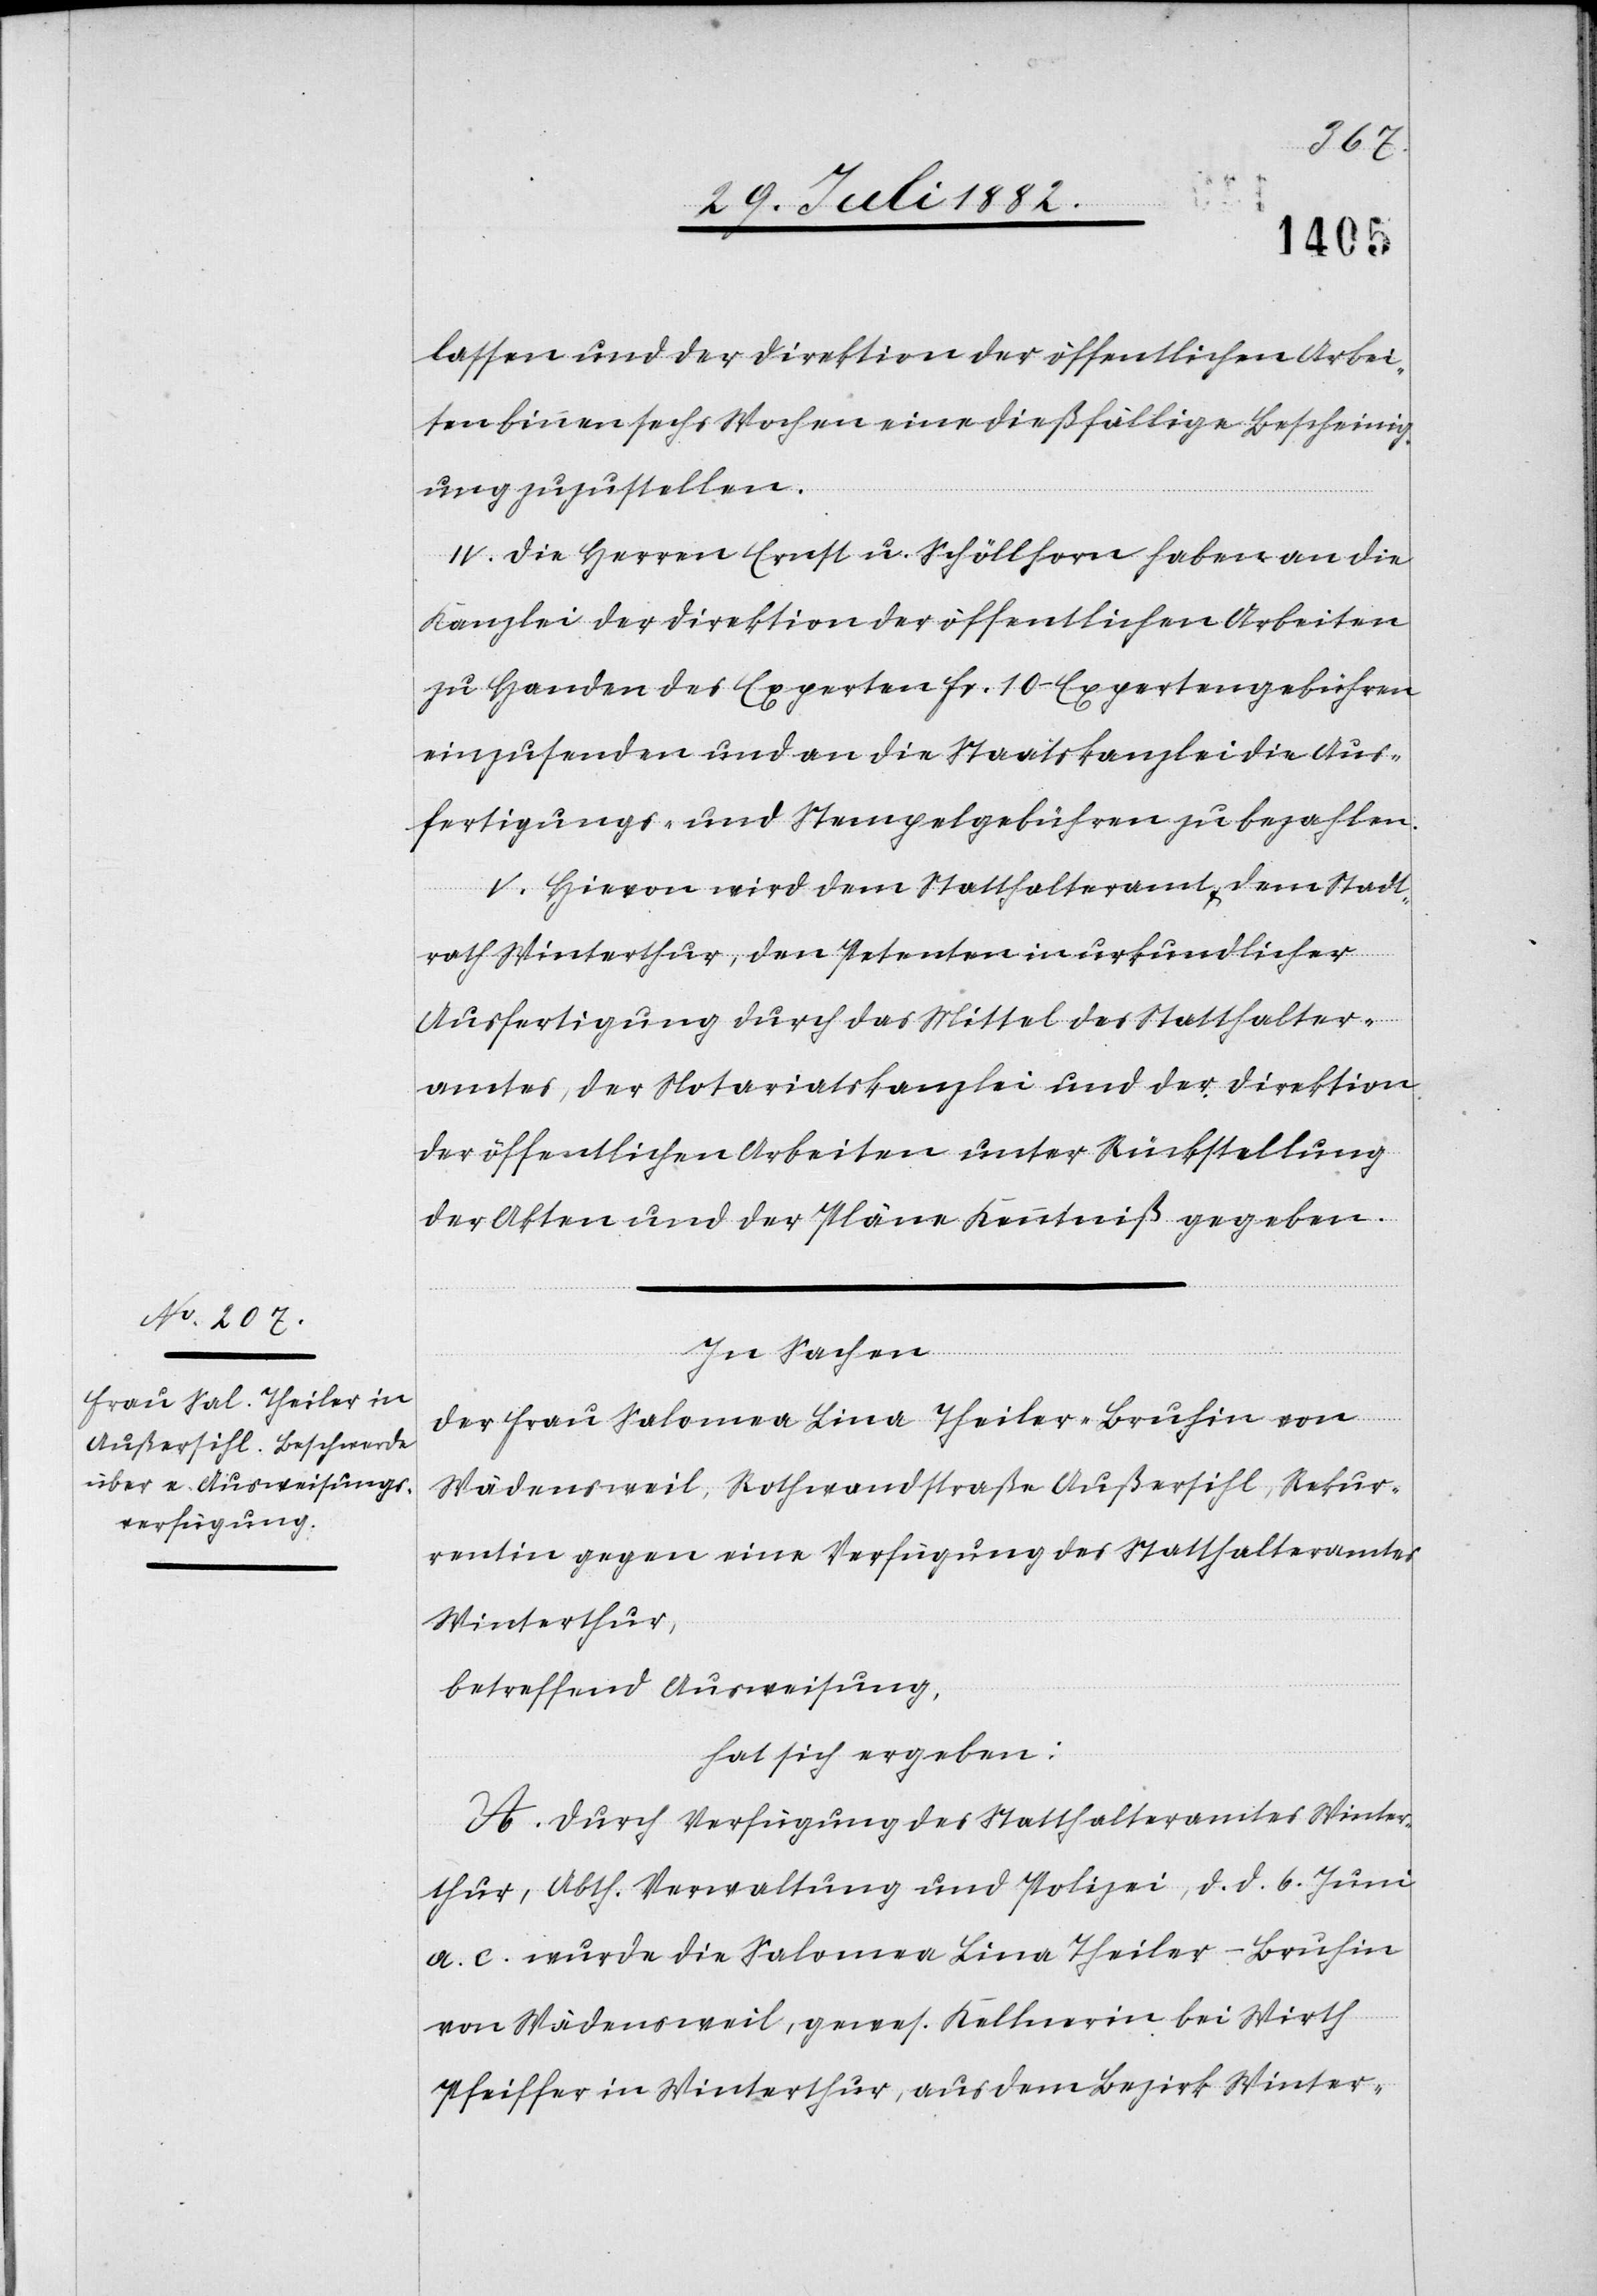
lassen und der Direktion der öffentlichen Arbei¬
ten binnen sechs Wochen eine dießfällige Bescheinig¬
ung zuzustellen.
IV. Die Herren Ernst u. Schöllhorn haben an die
Kanzlei der Direktion der öffentlichen Arbeiten
zu Handen des Experten Fr. 10.– Expertengebühren
einzusenden und an die Staatskanzlei die Aus¬
fertigungs- und Stempelgebühren zu bezahlen.
V. Hievon wird dem Statthalteramt & dem Stadt¬
rath Winterthur, den Petenten in urkundlicher
Ausfertigung durch das Mittel des Statthalter¬
amtes, der Notariatskanzlei und der Direktion
der öffentlichen Arbeiten unter Rückstellung
der Akten und der Pläne Kenntniß gegeben.
In Sachen
der Frau Salomea Line Theiler-Bruhin von
Wädensweil, Rothwandstraße Außersihl, Rekur¬
rentin gegen eine Verfügung des Statthalteramtes
Winterthur,
betreffend Ausweisung,
hat sich ergeben:
A. Durch Verfügung des Statthalteramtes Winter¬
thur, Abth. Verwaltung und Polizei, d. d. 6. Juni
a. c. wurde die Salomea Lina Theiler-Bruhin
von Wädensweil, gewes. Kellnerin bei Wirth
Pfeiffer in Winterthur, aus dem Bezirk Winter-